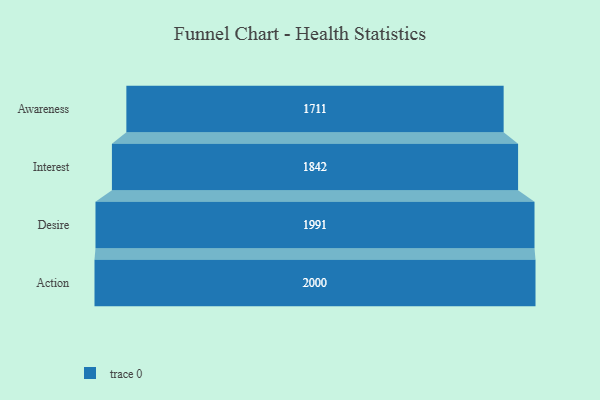
{"axis": {"x": "Stage", "y": "Value"}, "legend": [""], "data": [{"x": "Awareness", "y": 1711.0, "type": ""}, {"x": "Interest", "y": 1842.0, "type": ""}, {"x": "Desire", "y": 1991.0, "type": ""}, {"x": "Action", "y": 2000, "type": ""}]}